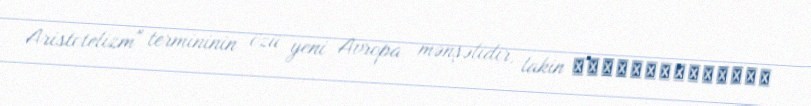
Aristotelizm" termininin özü yeni Avropa mənşəlidir, lakin αριστοτελιζειν